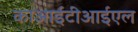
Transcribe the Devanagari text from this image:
काआईटीआईएल